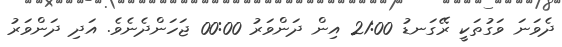
ދެވަނަ ވަގުތަކީ ރޭގަނޑު 21:00 އިން ދަންވަރު 00:00 ޖަހަންދެނެވެ. އަދި ދަންވަރު